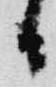
日